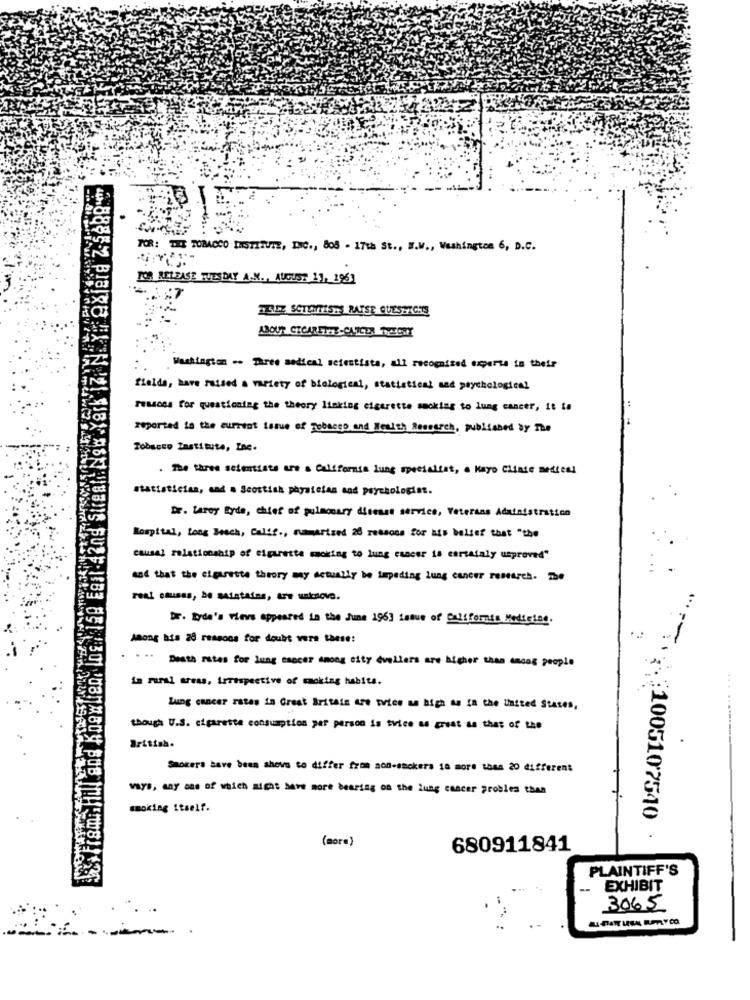
TOR: THE TOBACCO INSTITUTE, INC ., 805 - 17th St ., W.W ., Washington 6, D.C.
FOR RELEASE TUESDAY A.N ., AUGUST 11, 1961
MISEZ SCTANTIST RATSE QUESTIONS
ABOUT CICARETH-CANCER THEORY
Washington .. Three sodical sefestista, all recognized experts in their
fields, have raised a variety of biological, statistical and psychological
reasons for questioning the theory linking cigarette smoking to lung cancer, it ta
reported in the current issue of Tobacco and Health Research, published by The
Tobacco Institute, LAC.
. The three scientists are a California lung specialist, . Mayo Clinic medieni
statistician, sad a Scottish physician and psychologist.
Dr. Larey lyde, chief of pulmonary disease service, Veterans Administration
Borpital, Long Beach, Calif ., summarized 20 reasons for his belief that "the
causal relationship of elparents moking to lung cancer is cartataly usproved"
wat that the cigarette theory my actually be impeding lung cancer research. The
real causas, be maintains, tre unkriove.
Dr. Lyde's views appeared in the June 1963 issue of California Medicine.
Among his 28 reasons for doubt vers these:
...
Death rates for lung esocer among city dvellers are higher than Anoog people
in rural areas, irrespective of smoking habits.
Lung cancer ratas in Great Britain Are twice as high as in the United States,
though U.S. cigarette consumption per person is tvice as great as that of the
.
British.
Smokers bave been shovs to differ from non-smokers 18 more than 20 different
vars, any ons of which might have more bearing on the lung cancer problem than
smoking itself.
... : 1005107540 ·
(more)
680911841
PLAINTIFF'S
--
EXHIBIT
3065